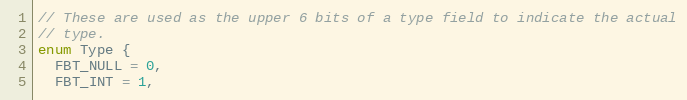
Language: C
// These are used as the upper 6 bits of a type field to indicate the actual
// type.
enum Type {
  FBT_NULL = 0,
  FBT_INT = 1,